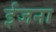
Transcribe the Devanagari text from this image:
ईजना